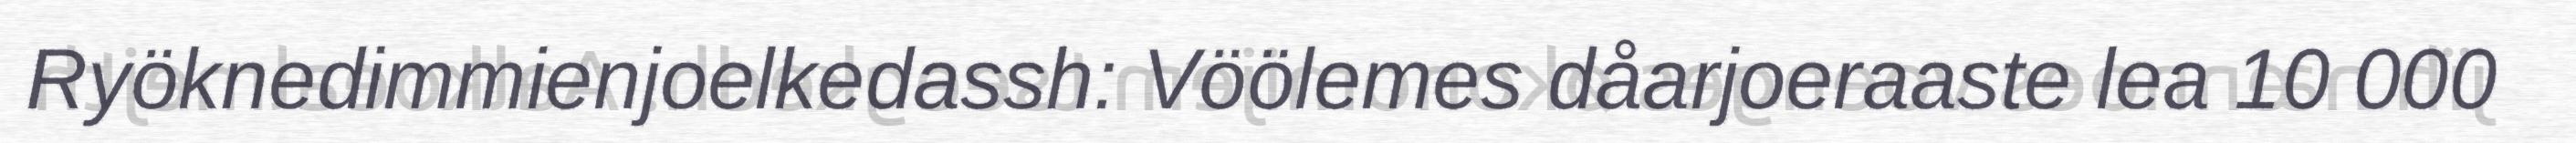
Ryöknedimmienjoelkedassh: Vöölemes dåarjoeraaste lea 10 000